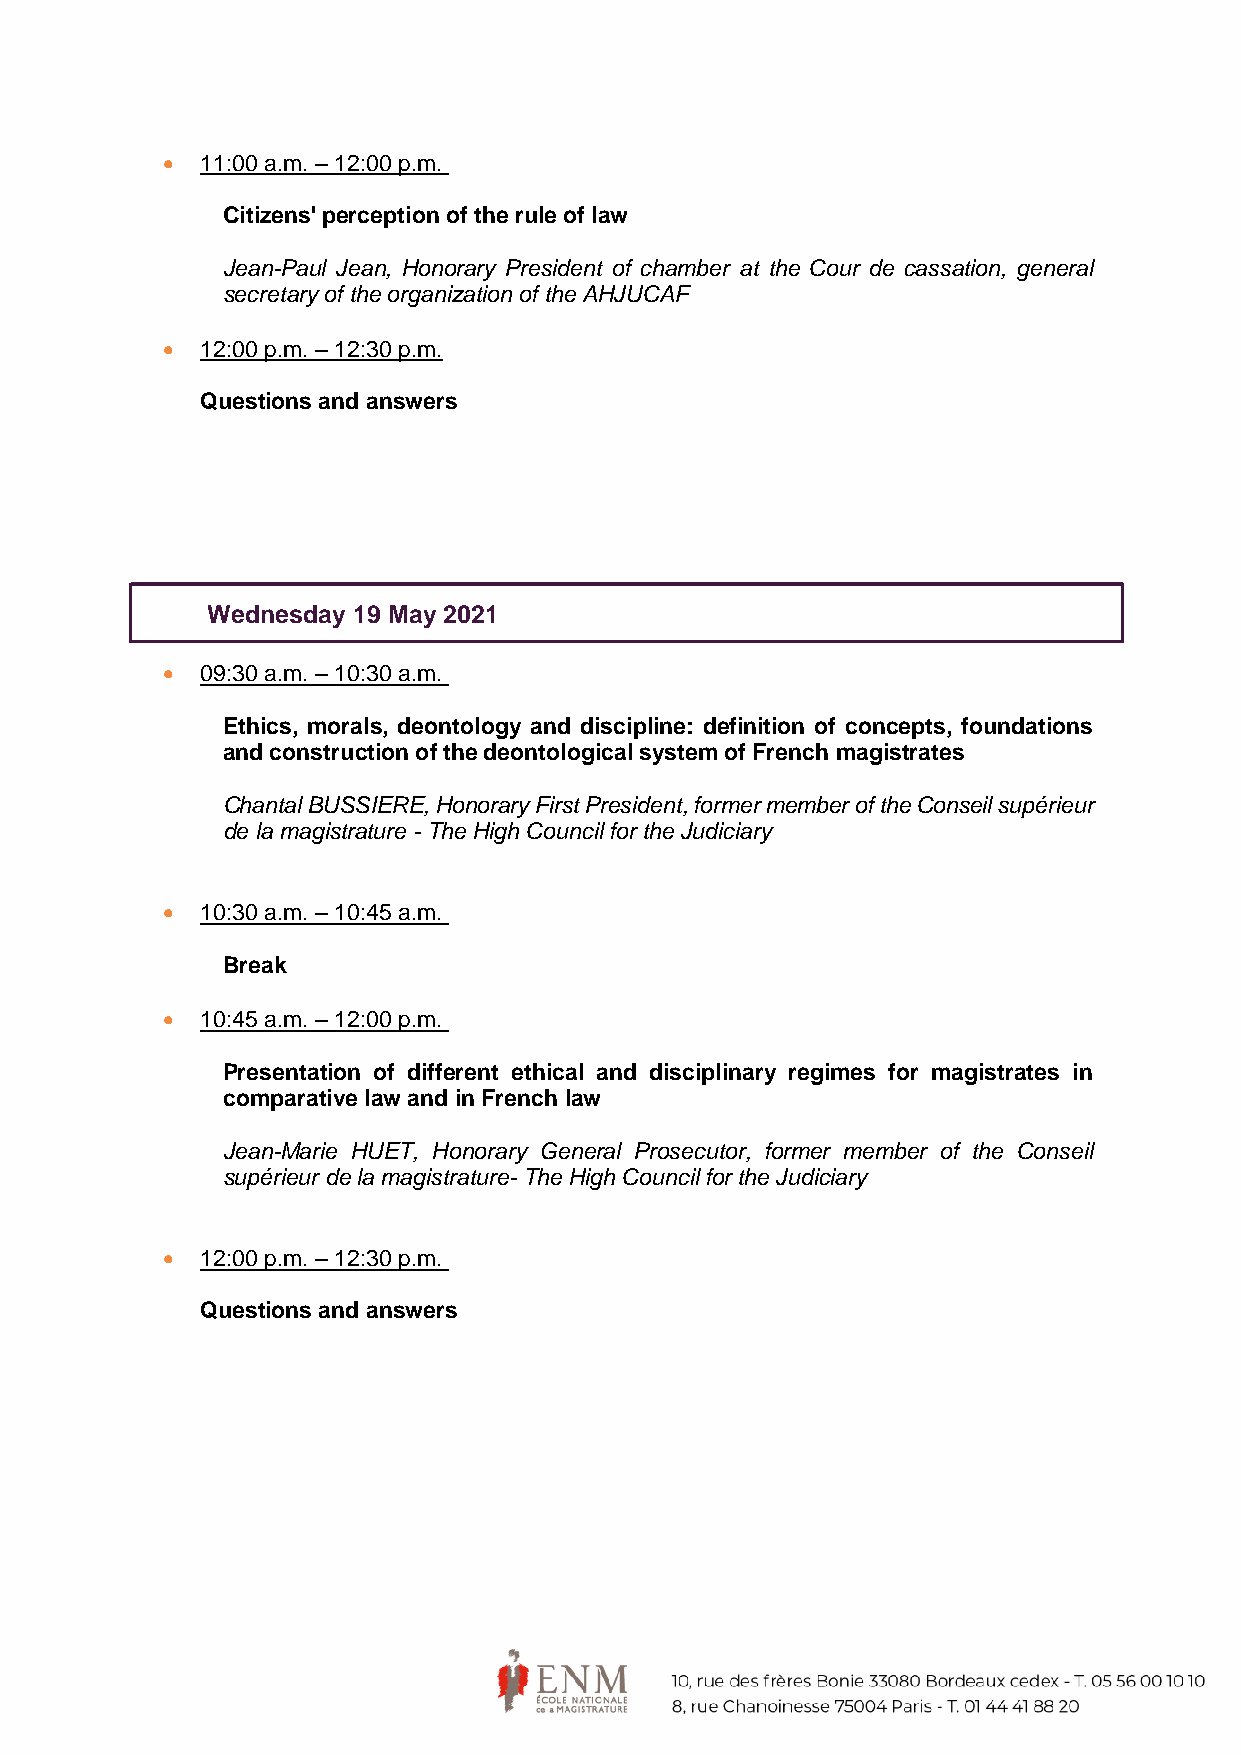
 11:00 a.m. – 12:00 p.m.
 Citizens' perception of the rule of law
 Jean-Paul Jean, Honorary President of chamber at the Cour de cassation, general
 secretary of the organization of the AHJUCAF
  12:00 p.m. – 12:30 p.m.
 Questions and answers
 Wednesday 19 May 2021
  09:30 a.m. – 10:30 a.m.
 Ethics, morals, deontology and discipline: definition of concepts, foundations
 and construction of the deontological system of French magistrates
 Chantal BUSSIERE, Honorary First President, former member of the Conseil supérieur
 de la magistrature - The High Council for the Judiciary
  10:30 a.m. – 10:45 a.m.
 Break
  10:45 a.m. – 12:00 p.m.
 Presentation of different ethical and disciplinary regimes for magistrates in
 comparative law and in French law
 Jean-Marie HUET, Honorary General Prosecutor, former member of the Conseil
 supérieur de la magistrature- The High Council for the Judiciary
  12:00 p.m. – 12:30 p.m.
 Questions and answers